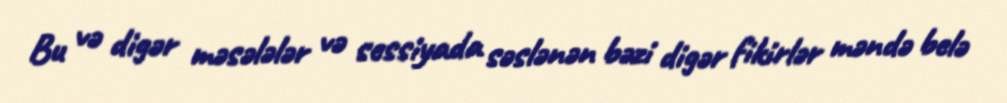
Bu və digər məsələlər və sessiyada səslənən bəzi digər fikirlər məndə belə